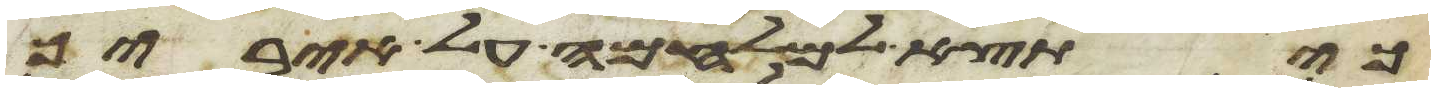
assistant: כי תצא למלחמה על איביך